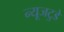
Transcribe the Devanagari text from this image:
न्यूजटुडे